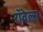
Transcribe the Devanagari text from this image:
रॉवेल्स